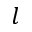
l